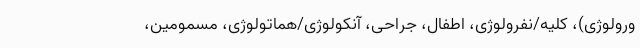
ورولوژی)، کلیه/نفرولوژی، اطفال، جراحی، آنکولوژی/هماتولوژی، مسمومین،